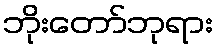
ဘိုးတော်ဘုရား